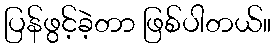
ပြန်ဖွင့်ခဲ့တာ ဖြစ်ပါတယ်။